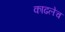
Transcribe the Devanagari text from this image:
काढलेच